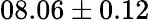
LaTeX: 08.06\pm 0.12